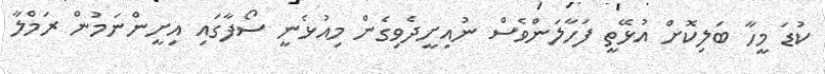
ކުޑަ މީހާ ބަލިކޮށް އުޅޭތީ ފަހާލަންވެސް ނުއިށީދެވިގެން މިއުޅެނީ ސޯފާގައި އިށީންނަމުން ރަމްލާ